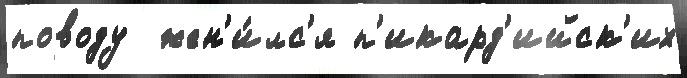
поводу  жен'и́лс'я п'икард'ийск'их